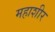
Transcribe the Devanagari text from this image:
महाशीर